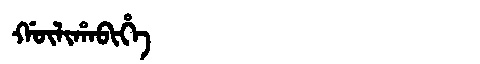
Manchu: ᡤᡡᠯᡳᡥᠠᠪᡳᡥᡝ
Romanization: GŪLIHABIHE